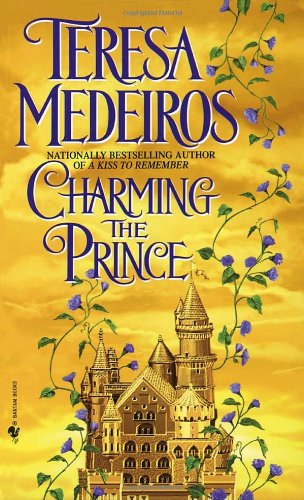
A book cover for Charming the Prince; Teresa Medeiros; Romance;